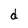
Character: d